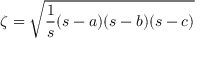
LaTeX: \zeta = { \sqrt { { \frac { 1 } { s } } ( s - a ) ( s - b ) ( s - c ) } }